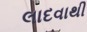
લાદવાથી